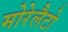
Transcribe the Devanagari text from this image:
मोरेलैटो